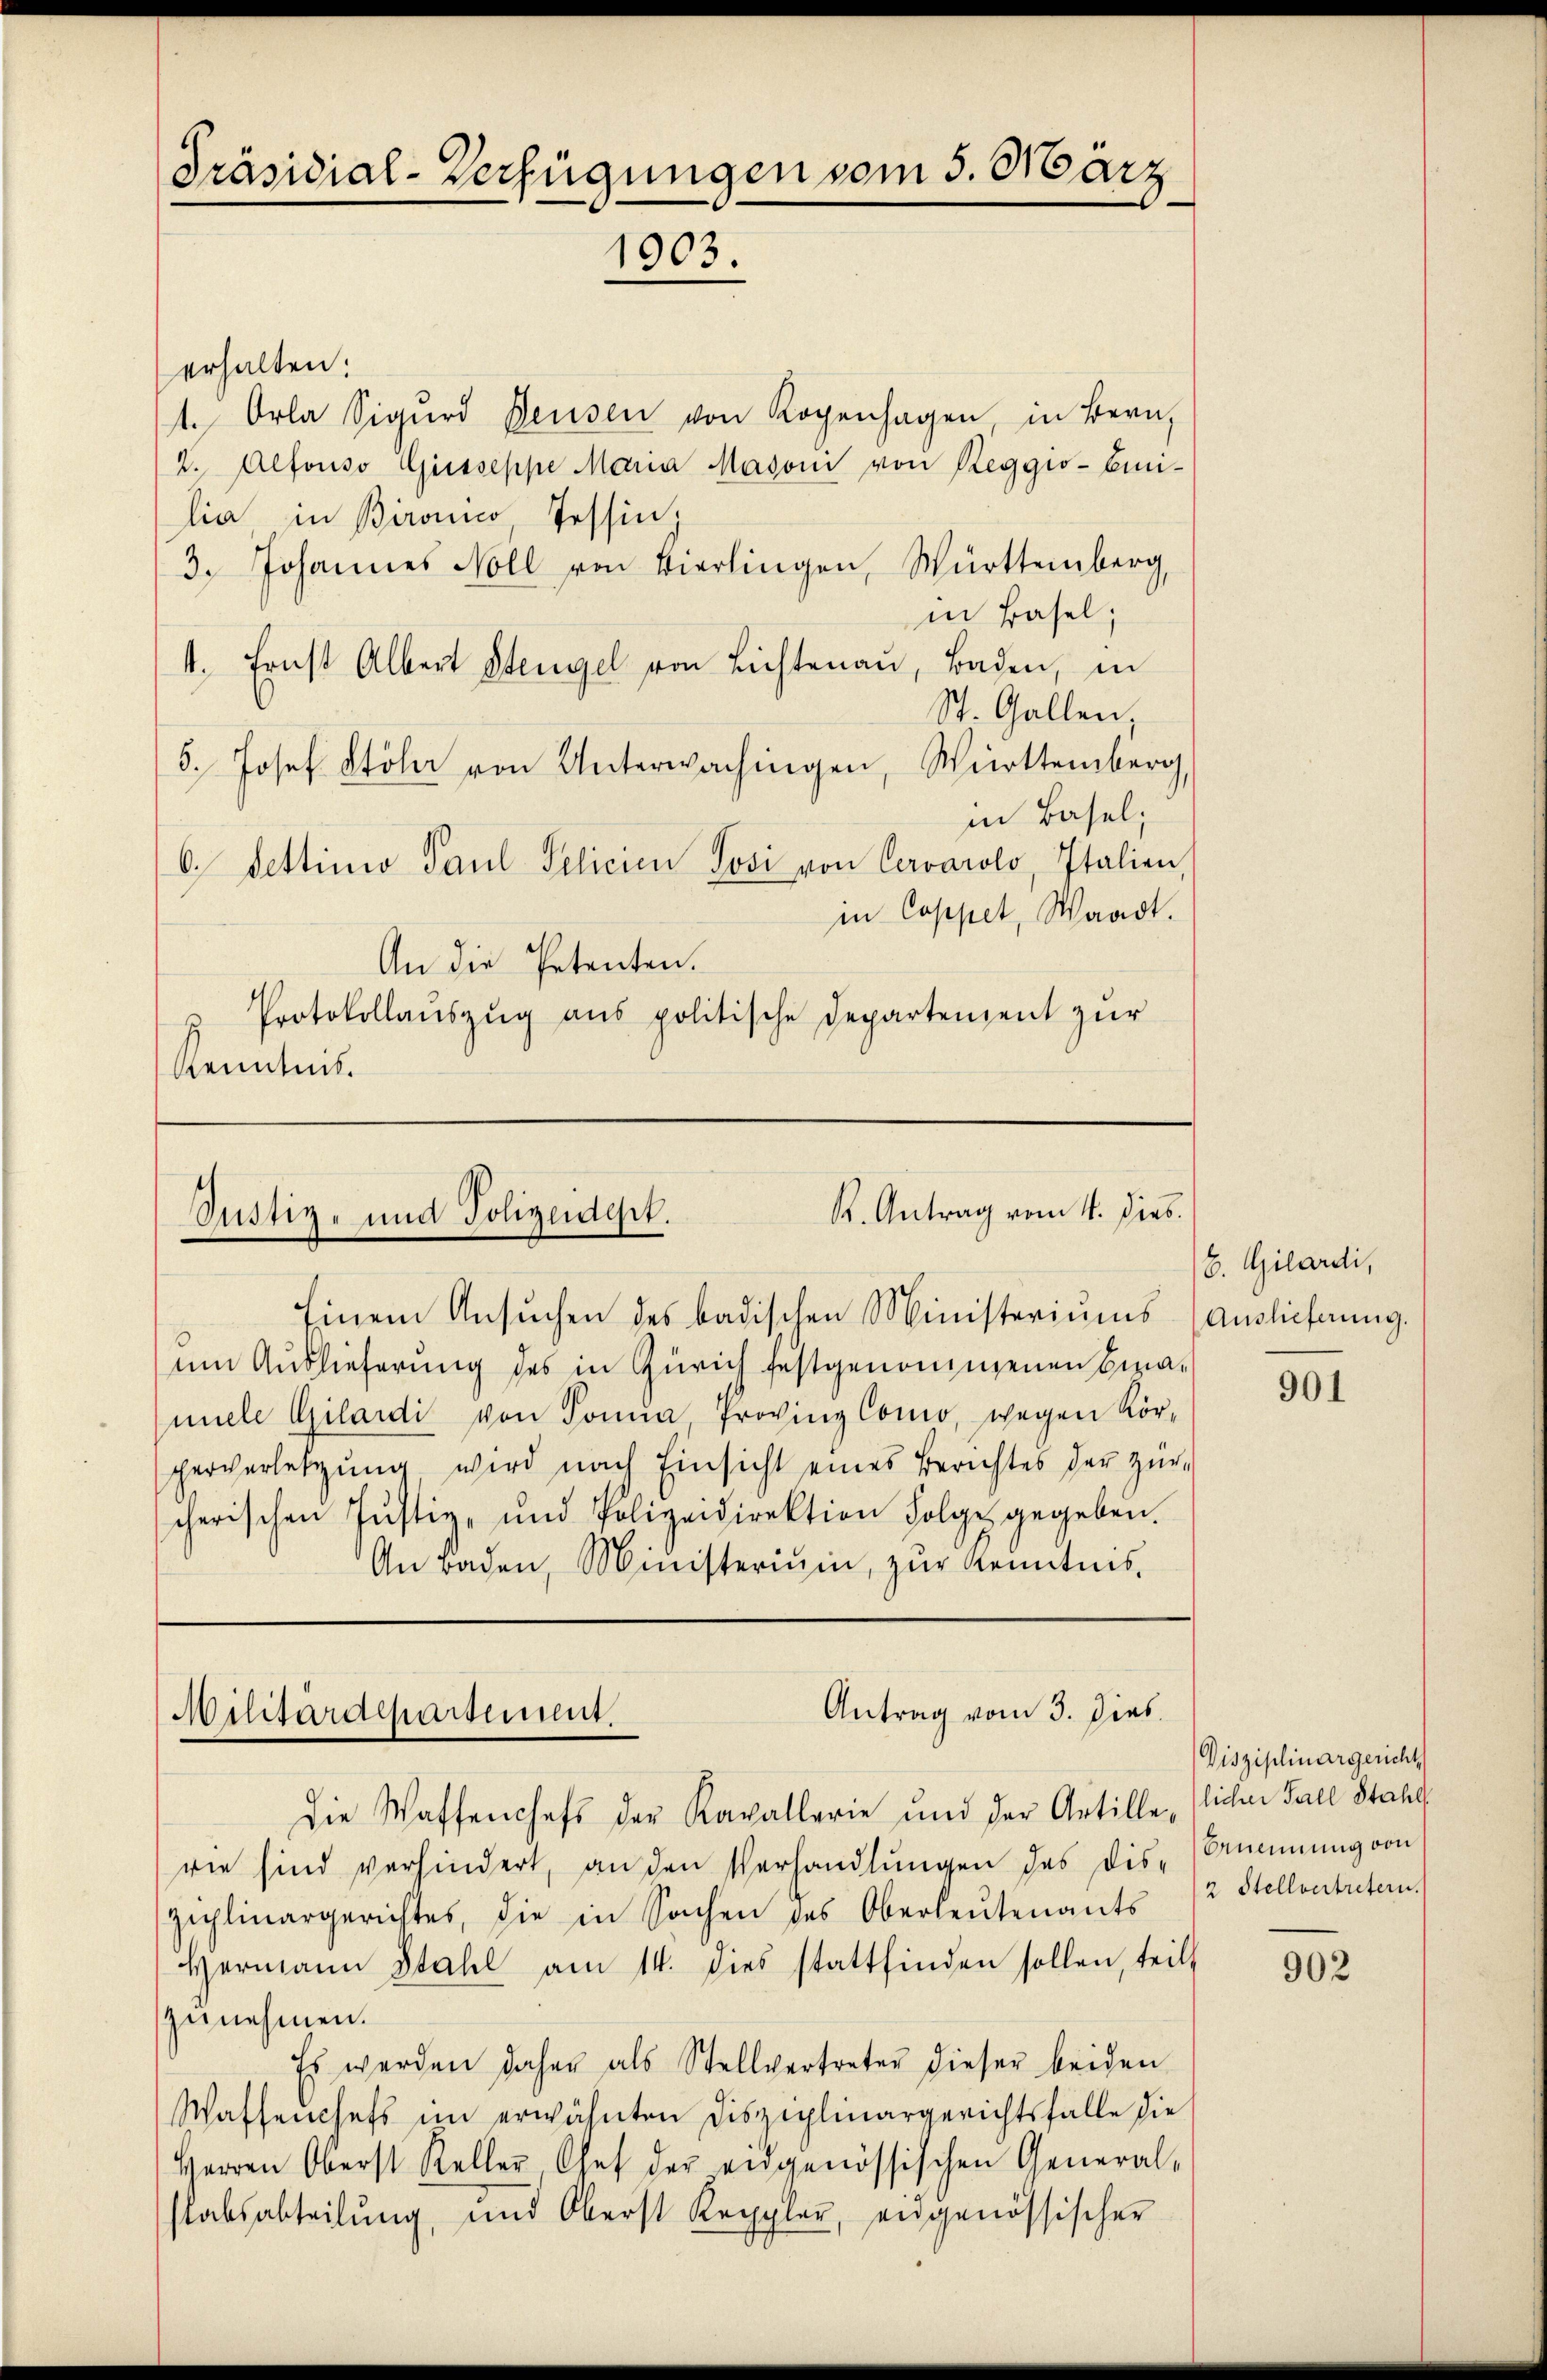
Präsidial-Verfügungen vom 5. März
1903.

erhalten:
t. Orla Sigŭrd Beusen von Rogenhagen in Bern,
2. Alfonso Giesseppe Maria Madoni von Reggio-Emi-
lia in Bironico Tessin.
3. Johannes Noll von Bierlingen, Württemberg,
in Basel;
4. Ernst Albert Stengel von Lichtenau, Baden, in
St. Gallen,
5. Josef Stoler von Unterwachingen, Württemberg,
in Basel;
6. Fettinio Paul Pelicien Josi von Cervarolo, Italien,
in Coppet, Waadt.
An die Petenten.
Protokollaŭszŭg ans politische Departenzent zŭr
Kenntnis.

K. Antrag vom 4. Dies.
Justiz- und Polizeident.
Einem Ansuchen des badischen Ministeriums

um Auslieferung des in Zürich festgenommenen Beramiele Gilardi von Sonna Provinz Como, wegen Kör-
perverletzung wird nach Einsicht eines Berichtes der zürcherischen Justiz- und Polizeidirektion Folge gegeben.
An Baden, Ministerium, zur Kenntnis,

Antrag vom 3. Dies
Militärdepartement.

die Waffenchefs der Kavallerie und der Artille (licher Fall Stahl
rie sind verhindert, an den Verhandlŭngen des dis-Ernennung von
ziplinargerichtes, die in Sachen des Oberleŭtenants
Hermann Stahl am 14. dies stattfinden sollen, teilt
zunehmen.
Es werden daher als Stellvertreter dieser beiden
Wassenchefs im erwähnten Disziplinargerichtsfalle die
Herren Oberst Keller, Chef der eidgenössischen General-
stabsabteilŭng, und Oberst Keppler, eidgenössischer

b. Gilardi,
Auslieferung.

901

Disziplinargericht
2 Stellvertretern.

902